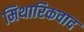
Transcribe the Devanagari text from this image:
मिथारिकवाद